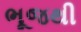
ભૂજથી